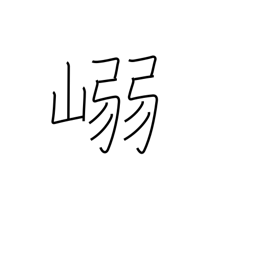
Meaning: mountain pass